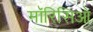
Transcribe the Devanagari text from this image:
मॉरिसिओ